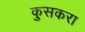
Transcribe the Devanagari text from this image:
कुसकरा